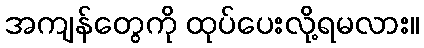
အကျန်တွေကို ထုပ်ပေးလို့ရမလား။